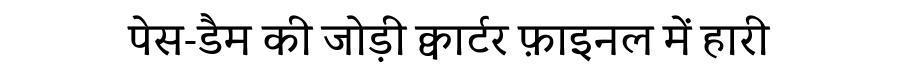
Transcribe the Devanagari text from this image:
पेस-डैम की जोड़ी क्वार्टर फ़ाइनल में हारी